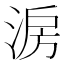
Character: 𣷔